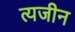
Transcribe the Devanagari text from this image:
त्यजीन